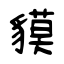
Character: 貘